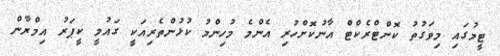
ޓީމުގައި މިވަގުތު ކޮންޓްރެކްޓް އާނުކޮށްހުރި އެންމެ މުހިންމު ކުޅުންތެރިއަކީ ގައުމީ ކީޕަރު އިމްރާން